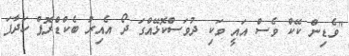
"ވެޑިން ކޭކް ވެސް އައީ ވަކި ދުވަސްކޮޅޭއްގަ ދޯ އެއިރު ބެކްޑްރޮޕް ހަދާފަ